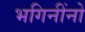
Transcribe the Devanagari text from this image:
भगिनींनो